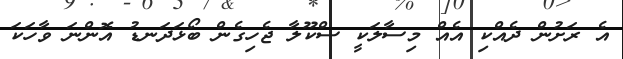
އެ ރަށުން ދެއްކި އެއް މިސާލަކީ ސްކޫލާ ޖެހިގެން ބޯޅަދަނޑު އޮންނަ ވާހަކަ